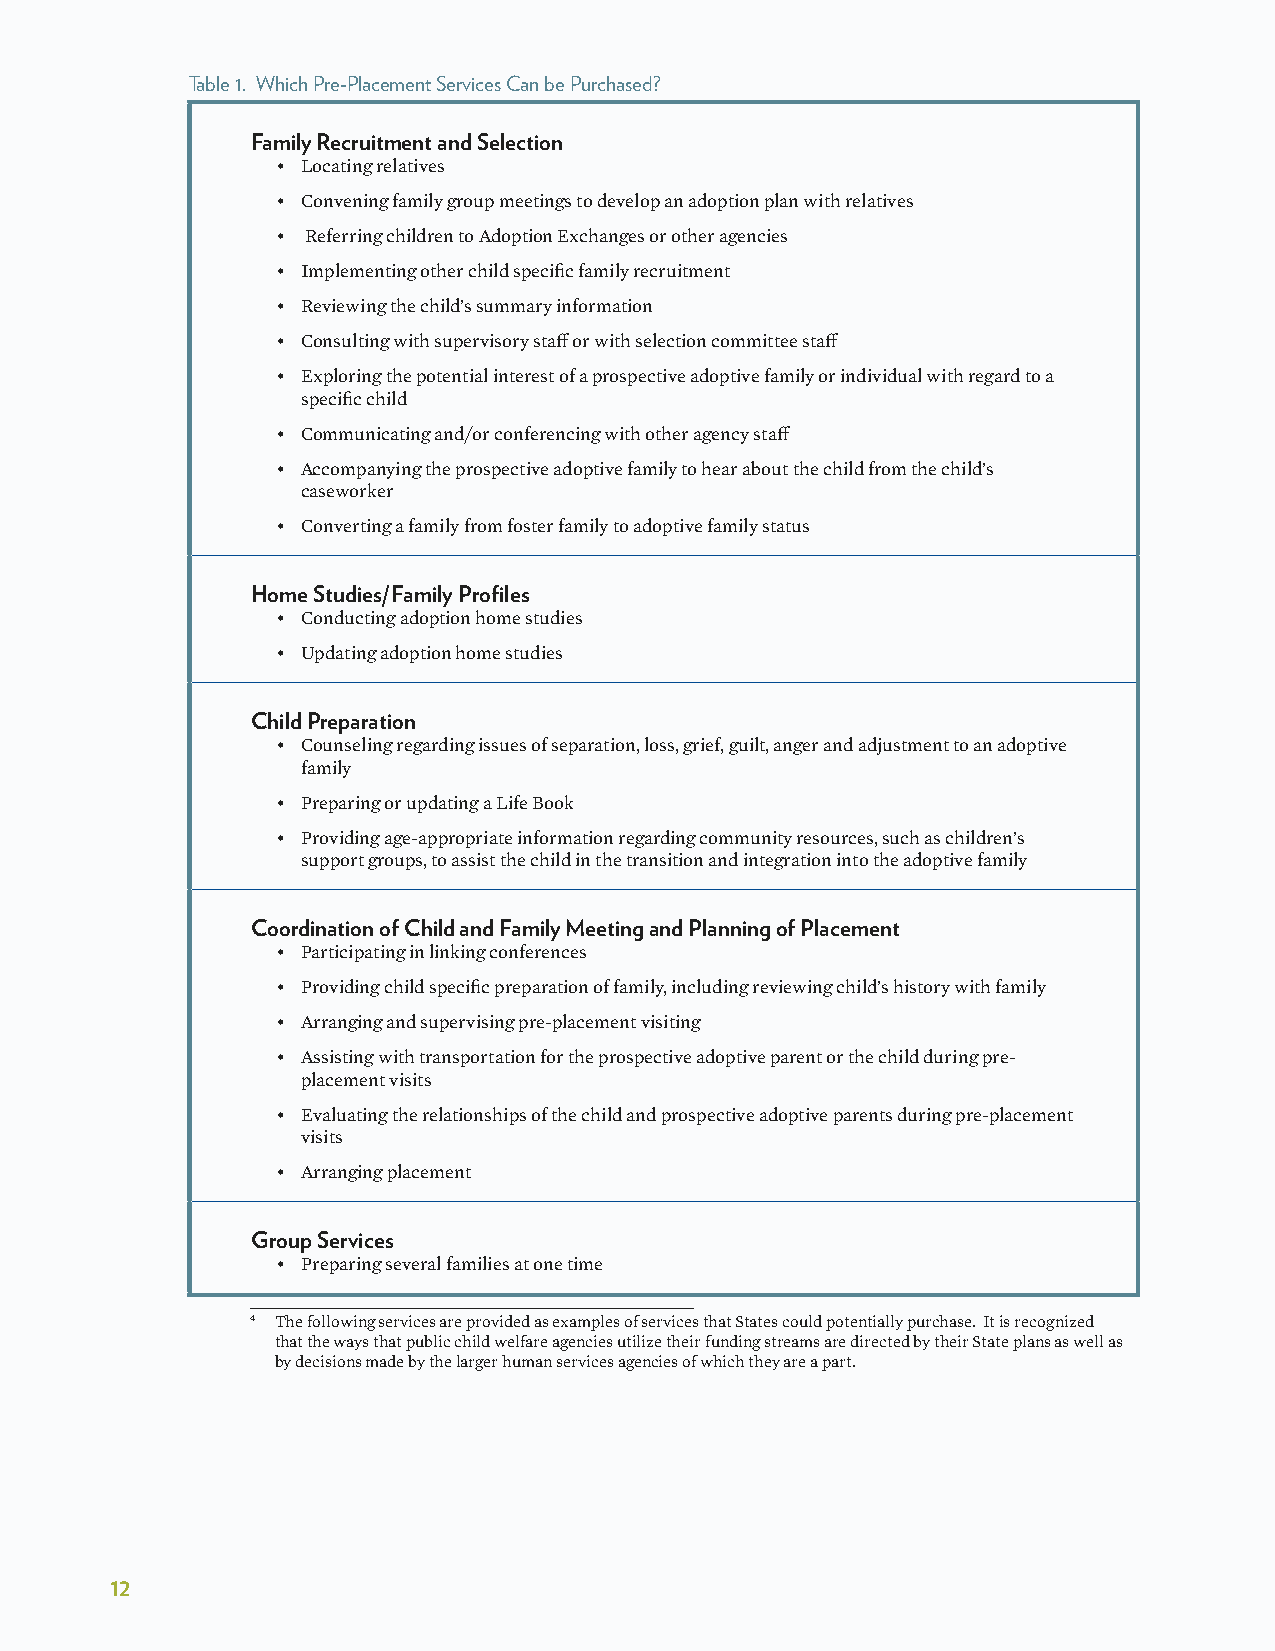
Table 1� Which Pre-Placement Services Can be Purchased?
 Family Recruitment and Selection
 • Locating relatives
 • Convening family group meetings to develop an adoption plan with relatives
 • Referring children to Adoption Exchanges or other agencies
 • Implementing other child specific family recruitment
 • Reviewing the child’s summary information
 • Consulting with supervisory staff or with selection committee staff
 • Exploring the potential interest of a prospective adoptive family or individual with regard to a
 specific child
 • Communicating and/or conferencing with other agency staff
 • Accompanying the prospective adoptive family to hear about the child from the child’s
 caseworker
 • Converting a family from foster family to adoptive family status
 Home Studies/Family Profiles
 • Conducting adoption home studies
 • Updating adoption home studies
 Child Preparation
 • Counseling regarding issues of separation, loss, grief, guilt, anger and adjustment to an adoptive
 family
 • Preparing or updating a Life Book
 • Providing age-appropriate information regarding community resources, such as children’s
 support groups, to assist the child in the transition and integration into the adoptive family
 Coordination of Child and Family Meeting and Planning of Placement
 • Participating in linking conferences
 • Providing child specific preparation of family, including reviewing child’s history with family
 • Arranging and supervising pre-placement visiting
 • Assisting with transportation for the prospective adoptive parent or the child during pre-
 placement visits
 • Evaluating the relationships of the child and prospective adoptive parents during pre-placement
 visits
 • Arranging placement
 Group Services
 • Preparing several families at one time
 4 The following services are provided as examples of services that States could potentially purchase. It is recognized
 that the ways that public child welfare agencies utilize their funding streams are directed by their State plans as well as
 by decisions made by the larger human services agencies of which they are a part.
 12